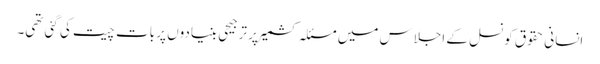
انسانی حقوق کونسل کے اجلاس میں مسئلہ کشمیر پر ترجیحی بنیادوں پر بات چیت کی گئی تھی۔